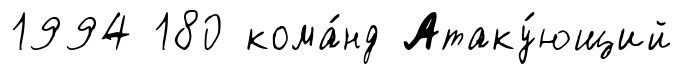
1994 180 кома́нд Атаку́ющий